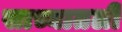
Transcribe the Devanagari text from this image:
साच्यातली